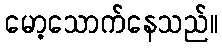
မော့သောက်နေသည်။